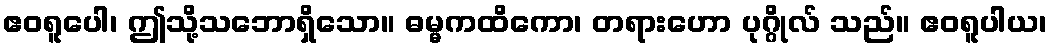
ဧဝရူပေါ၊ ဤသို့သဘောရှိသော။ ဓမ္မကထိကော၊ တရားဟော ပုဂ္ဂိုလ် သည်။ ဧဝရူပါယ၊